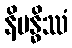
နိဗန္ဓိဿံ